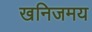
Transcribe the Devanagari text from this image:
खनिजमय